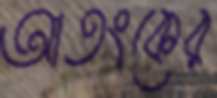
আতংকের